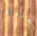
جعلناه